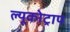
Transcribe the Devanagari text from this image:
ल्यूकोट्राप